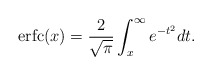
\begin{align*}\operatorname{erfc}(x)=\frac{2}{\sqrt{\pi }}\int_{x}^{\infty }{{{e}^{-{{t}^{2}}}}}dt.\end{align*}